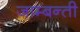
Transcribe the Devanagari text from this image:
जाम्बन्ती